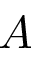
A